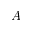
\boldsymbol { A }